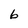
Character: 6